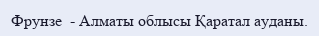
Фрунзе  - Алматы облысы Қаратал ауданы.